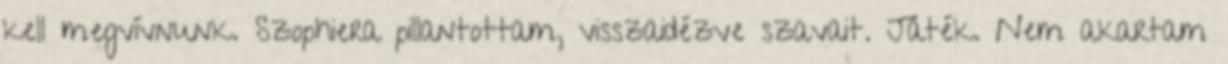
kell megvívnunk. Szophiera pillantottam, visszaidézve szavait. Játék. Nem akartam